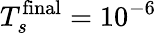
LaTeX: T_{s}^{\textnormal{final}}=10^{-6}